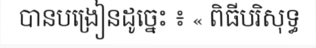
បានបង្រៀនដូច្នេះ ៖ « ពិធីបរិសុទ្ធ